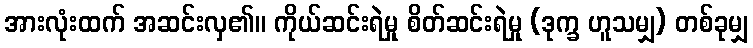
အားလုံးထက် အဆင်းလှ၏။ ကိုယ်ဆင်းရဲမှု စိတ်ဆင်းရဲမှု (ဒုက္ခ ဟူသမျှ) တစ်ခုမျှ